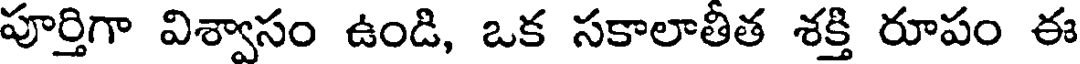
పూర్తిగా విశ్వాసం ఉండి, ఒక సకాలాతీత శక్తి రూపం ఈ